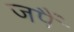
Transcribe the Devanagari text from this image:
जपैं